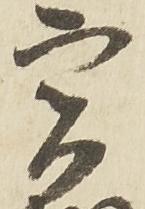
実